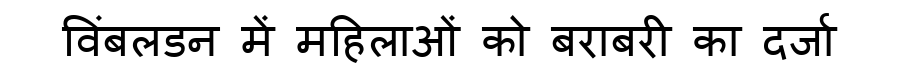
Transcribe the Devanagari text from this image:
विंबलडन में महिलाओं को बराबरी का दर्जा